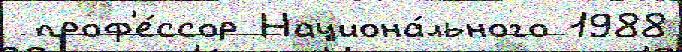
 проф'е́ссор Национа́льного 1988